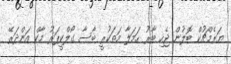
ޔަރެމްޗުކް ބޮލުން ޖެހި ބާރު ހަމަލާ މަތަކުރީ ބާސާ ގޯލްކީޕަރު މާކް އަންދަރޭ